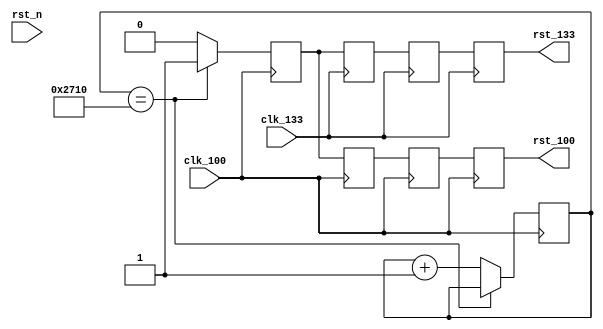
module reset_gen
(
	clk_100,
	clk_133,
	rst_n,
	rst_100,
	rst_133
);

	input 		clk_100;
	input		clk_133;
	input 		rst_n;
	output reg	rst_100;
	output reg	rst_133;
	reg			rst_133a = 1;
	reg			rst_133b = 1;
	reg[32:0]	cnt_rst = 0;
	reg			rst = 0;
	reg[32:0]	cnt_init = 0;
	reg			rst_init = 0; // low valid
	reg			rst_100a = 0;
	reg			rst_100b = 0;
	
	wire		rst_use;
// generate a low valid rst signal per 5s
	reg			rst_freq = 1;
	reg			rst_freq_1p = 1;
	reg[1:0]	rst_mode = 0; // 0 for 3s,1 for 4s,2 for 5s, 4 for 6s;
	reg[31:0]	cnt_10ns = 0; // 100_000_000 for 1s

	
	
	
	always @(posedge clk_100) begin
		if(cnt_init == 32'd10000) begin
			cnt_init <= cnt_init;
			rst_init <= 1;
		end
		
		else begin
			cnt_init <= cnt_init + 1;
			rst_init <= 0;
		end
	end	


	always @(posedge clk_100) begin
		if(!rst_n) begin
			if(cnt_rst == 32'd100) begin //10ms
				cnt_rst <= cnt_rst;
				rst <= 0;
			end
			else begin
				cnt_rst <= cnt_rst + 1;
				rst <= 1;
			end
		end
		else begin
			cnt_rst <= 0;
			rst <= 1;
		end
	end



//	always @(posedge clk_100) begin
//		rst_freq_1p <= rst_freq;
//		if(rst_freq && !rst_freq_1p) begin
//			rst_mode <= rst_mode + 1;
//		end
//	end
//	always @(posedge clk_100) begin
//		case(rst_mode)
//			0 : begin
//				if(rst_freq == 1 && cnt_10ns >= 32'd80_000_013) begin
//					rst_freq <= ~rst_freq;
//					cnt_10ns <= 0;
//				end
//				else if(rst_freq == 0 && cnt_10ns >= 32'd40_000_000) begin
//					rst_freq <= ~rst_freq;
//					cnt_10ns <= 0;
//				end
//				else begin
//					cnt_10ns <= cnt_10ns + 1;
//				end
//			end
//			1 : begin
//				if(rst_freq == 1 && cnt_10ns >= 32'd90_000_000) begin
//					rst_freq <= ~rst_freq;
//					cnt_10ns <= 0;
//				end
//				else if(rst_freq == 0 && cnt_10ns >= 32'd40_000_000) begin
//					rst_freq <= ~rst_freq;
//					cnt_10ns <= 0;
//				end
//				else begin
//					cnt_10ns <= cnt_10ns + 1;
//				end		
//			end
//			2 : begin
//				if(rst_freq == 1 && cnt_10ns >= 32'd100_000_000) begin
//					rst_freq <= ~rst_freq;
//					cnt_10ns <= 0;
//				end
//				else if(rst_freq == 0 && cnt_10ns >= 32'd40_000_000) begin
//					rst_freq <= ~rst_freq;
//					cnt_10ns <= 0;
//				end
//				else begin
//					cnt_10ns <= cnt_10ns + 1;
//				end			
//			end
//			3 : begin
//				if(rst_freq == 1 && cnt_10ns >= 32'd110_000_000) begin
//					rst_freq <= ~rst_freq;
//					cnt_10ns <= 0;
//				end
//				else if(rst_freq == 0 && cnt_10ns >= 32'd40_000_000) begin
//					rst_freq <= ~rst_freq;
//					cnt_10ns <= 0;
//				end
//				else begin
//					cnt_10ns <= cnt_10ns + 1;
//				end		
//			end
//		endcase
//	end
	
	
	
	assign rst_use = rst_init;
	
	always @(posedge clk_100) begin
		rst_100b <= rst_use;
		rst_100a <= rst_100b;
		rst_100 <= rst_100a;
	end
	
	
	always @(posedge clk_133) begin
			rst_133a <= rst_use;
			rst_133b <= rst_133a;
			rst_133  <= rst_133b;
		
	end
endmodule